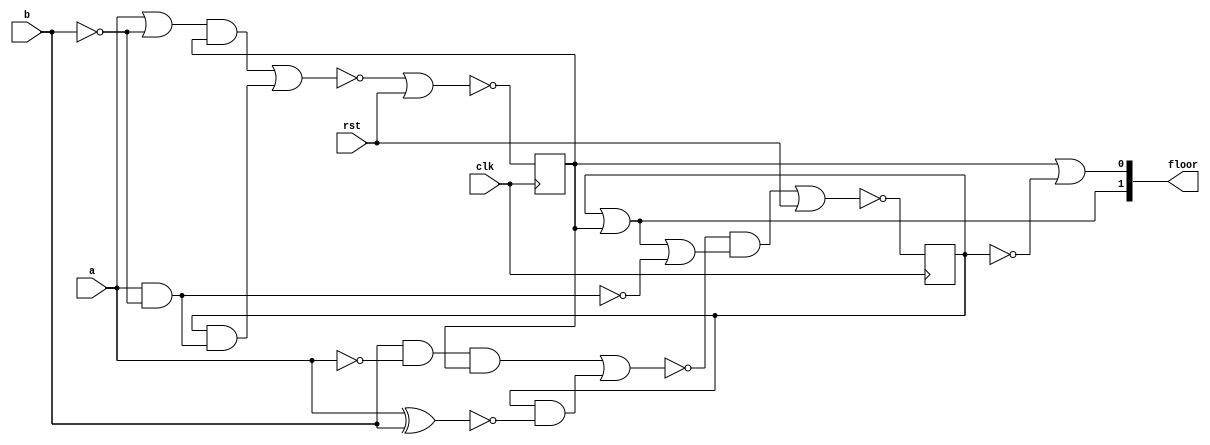
/* Generated by Yosys 0.9 (git sha1 1979e0b1, i686-w64-mingw32.static-g++ 5.5.0 -Os) */

(* top =  1  *)
(* src = "state-oh.v:1" *)
module state(a, b, floor, clk, rst);
  (* src = "state-oh.v:7" *)
  (* unused_bits = "0" *)
  wire [2:0] _00_;
  wire _01_;
  wire _02_;
  wire _03_;
  wire _04_;
  wire _05_;
  wire _06_;
  wire _07_;
  (* src = "state-oh.v:2" *)
  input a;
  (* src = "state-oh.v:2" *)
  input b;
  (* src = "state-oh.v:4" *)
  input clk;
  (* src = "state-oh.v:3" *)
  output [1:0] floor;
  (* src = "state-oh.v:4" *)
  input rst;
  (* src = "state-oh.v:5" *)
  (* unused_bits = "0" *)
  wire [2:0] s;
  assign _01_ = a & ~(b);
  assign floor[1] = s[1] | s[2];
  assign _02_ = floor[1] | ~(_01_);
  assign _03_ = b & ~(a);
  assign _04_ = ~(a ^ b);
  assign _05_ = ~((_03_ & s[2]) | (s[1] & _04_));
  assign _00_[1] = ~((_05_ & _02_) | rst);
  assign _06_ = a | ~(b);
  assign _07_ = ~((_06_ & s[2]) | (s[1] & _01_));
  assign _00_[2] = ~(_07_ | rst);
  assign floor[0] = s[2] | ~(s[1]);
  reg \s_reg[1] ;
  (* src = "state-oh.v:7" *)
  always @(posedge clk)
      \s_reg[1]  <= _00_[1];
  assign s[1] = \s_reg[1] ;
  reg \s_reg[2] ;
  (* src = "state-oh.v:7" *)
  always @(posedge clk)
      \s_reg[2]  <= _00_[2];
  assign s[2] = \s_reg[2] ;
endmodule